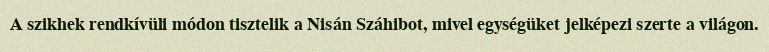
A szikhek rendkívüli módon tisztelik a Nisán Száhibot, mivel egységüket jelképezi szerte a világon.